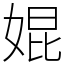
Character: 婫